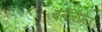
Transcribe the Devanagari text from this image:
बर्तेलोमेउ